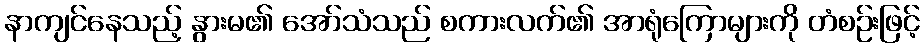
နာကျင်နေသည့် နွားမ၏ အော်သံသည် စကားလက်၏ အာရုံကြောများကို တံစဉ်းဖြင့်